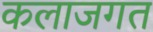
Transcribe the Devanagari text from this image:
कलाजगत